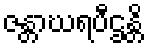
ဇန္တာဃရပီဌန္တိ